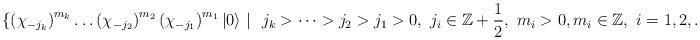
LaTeX: \begin{align*}\{\left(\chi _{-j_k}\right)^{m_k}\dots \left(\chi _{-j_2}\right)^{m_2}\left(\chi _{-j_1}\right)^{m_1}|0\rangle \ \arrowvert \ \ j_k>\dots > j_2 > j_1 > 0, \ j_i\in \mathbb{Z}+\frac{1}{2}, \ m_i > 0, m_i\in \mathbb{Z}, \ i=1, 2, \dots, k\}.\end{align*}